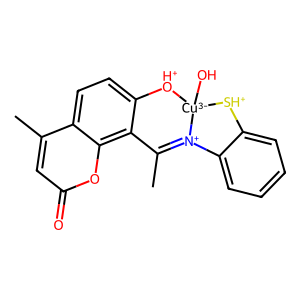
SMILES: CC1=[N+]2c3ccccc3[SH+][Cu-3]2(O)[OH+]c2ccc3c(C)cc(=O)oc3c21
Inhibits HIV replication: No